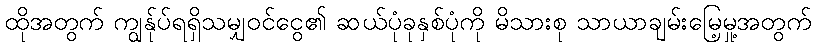
ထိုအတွက် ကျွန်ုပ်ရရှိသမျှဝင်ငွေ၏ ဆယ်ပုံခုနှစ်ပုံကို မိသားစု သာယာချမ်းမြေ့မှု့အတွက်